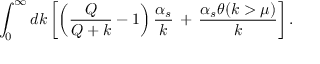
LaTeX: \int _ { 0 } ^ { \infty } d k \left[ \left( \frac { Q } { Q + k } - 1 \right) \frac { \alpha _ { s } } { k } \, + \, \frac { \alpha _ { s } \theta ( k > \mu ) } { k } \right] .